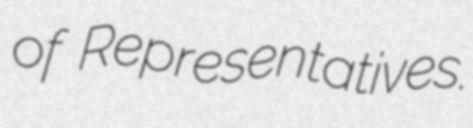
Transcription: of Representatives.